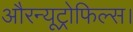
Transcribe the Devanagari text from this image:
औरन्यूट्रोफिल्स।